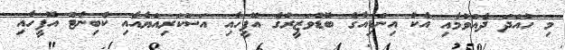
މި ހުއްދަ ދެއްވުމާއި އެކު އިންޑިއާގެ ބޮޑުވަޒީރުގެ އޮފީހާއި އަސްކަރިއްޔާއާއި ކެބިނެޓް އޮފީހާއި